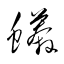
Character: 蟒